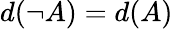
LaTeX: d(\neg{A})=d(A)